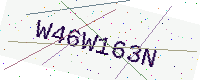
Text: W46W163N